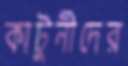
কাটুনীদের